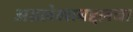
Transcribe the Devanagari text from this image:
अग्रलेखाबद्दलचा